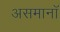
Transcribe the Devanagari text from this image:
असमानॉ